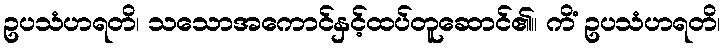
ဥပသံဟရတိ၊ သသောအကောင်နှင့်ထပ်တူဆောင်၏။ ကိံ ဥပသံဟရတိ၊